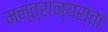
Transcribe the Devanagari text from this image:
मन्त्रान्यस्ताः